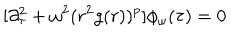
[ \partial _ { \tau } ^ { 2 } + \omega ^ { 2 } ( r ^ { 2 } g ( r ) ) ^ { p } ] \phi _ { \omega } ( \tau ) = 0